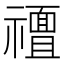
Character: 𮂟